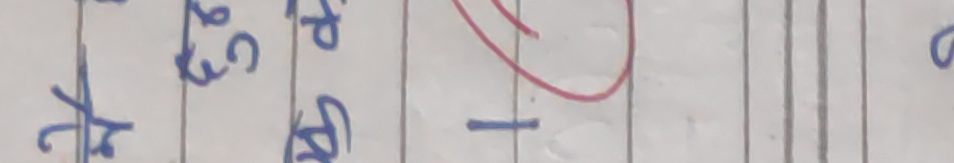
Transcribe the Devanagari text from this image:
के 31 -